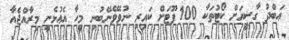
ޢަބްދު ގާޟީއަށް ކޯޓުތަކާ 100 ފޫޓަށް ކައިރި ނުވެވޭނޭބުނި މީހާ އެޢުޅެނީ މިރާއްޖެއާ